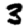
Digit: 3